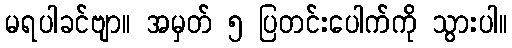
မရပါခင်ဗျာ။ အမှတ် ၅ ပြတင်းပေါက်ကို သွားပါ။